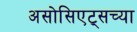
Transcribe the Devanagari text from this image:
असोसिएट्सच्या